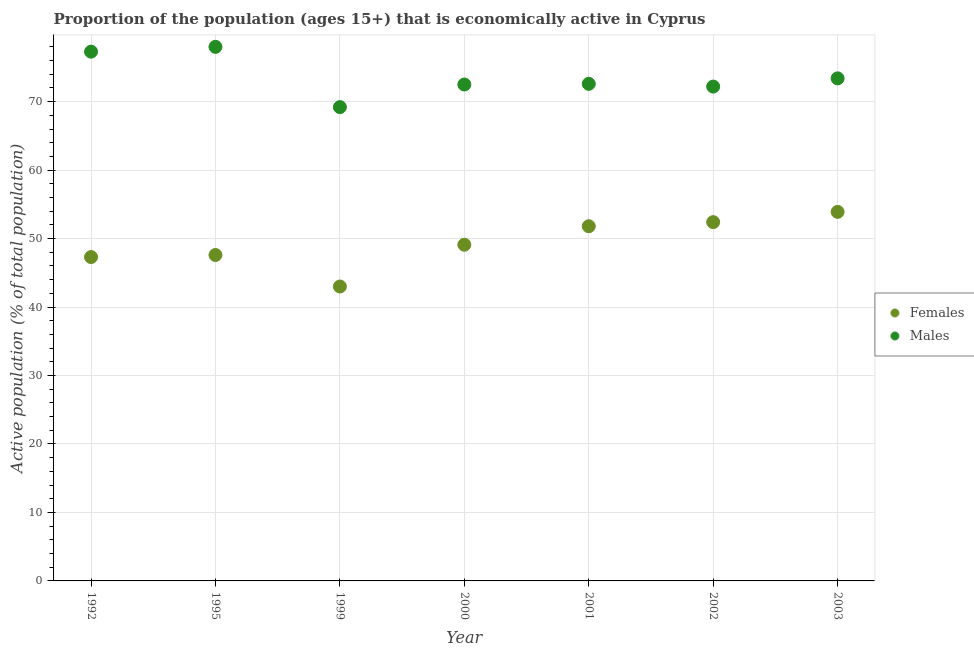
| Year | Females | Males |
 | --- | --- | --- |
 | 1992 | 47.3 | 77.3 |
 | 1995 | 47.6 | 78 |
 | 1999 | 43 | 69.2 |
 | 2000 | 49.1 | 72.5 |
 | 2001 | 51.8 | 72.6 |
 | 2002 | 52.4 | 72.2 |
 | 2003 | 53.9 | 73.4 |